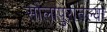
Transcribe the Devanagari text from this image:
सोलापुरातल्या